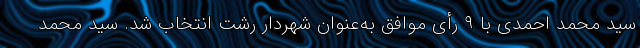
سید محمد احمدی با ۹ رأی موافق به‌عنوان شهردار رشت انتخاب شد. سید محمد